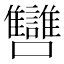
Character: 㘜